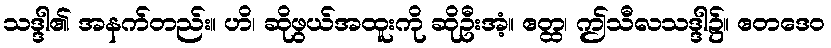
သဒ္ဒါ၏ အနက်တည်း။ ဟိ၊ ဆိုဖွယ်အထူးကို ဆိုဦးအံ့။ ဧတ္ထ၊ ဤသီလသဒ္ဒါ၌။ ဧတဒေဝ